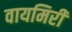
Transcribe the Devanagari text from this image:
वायमिरी